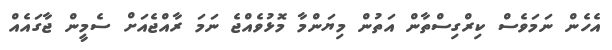
އެހެން ނަމަވެސް ކިރްގިސްތާން އަތުން މިޔަންމާ މޮޅުވެއްޖެ ނަމަ ރާއްޖެއަށް ސެމީން ޖާގައެއް